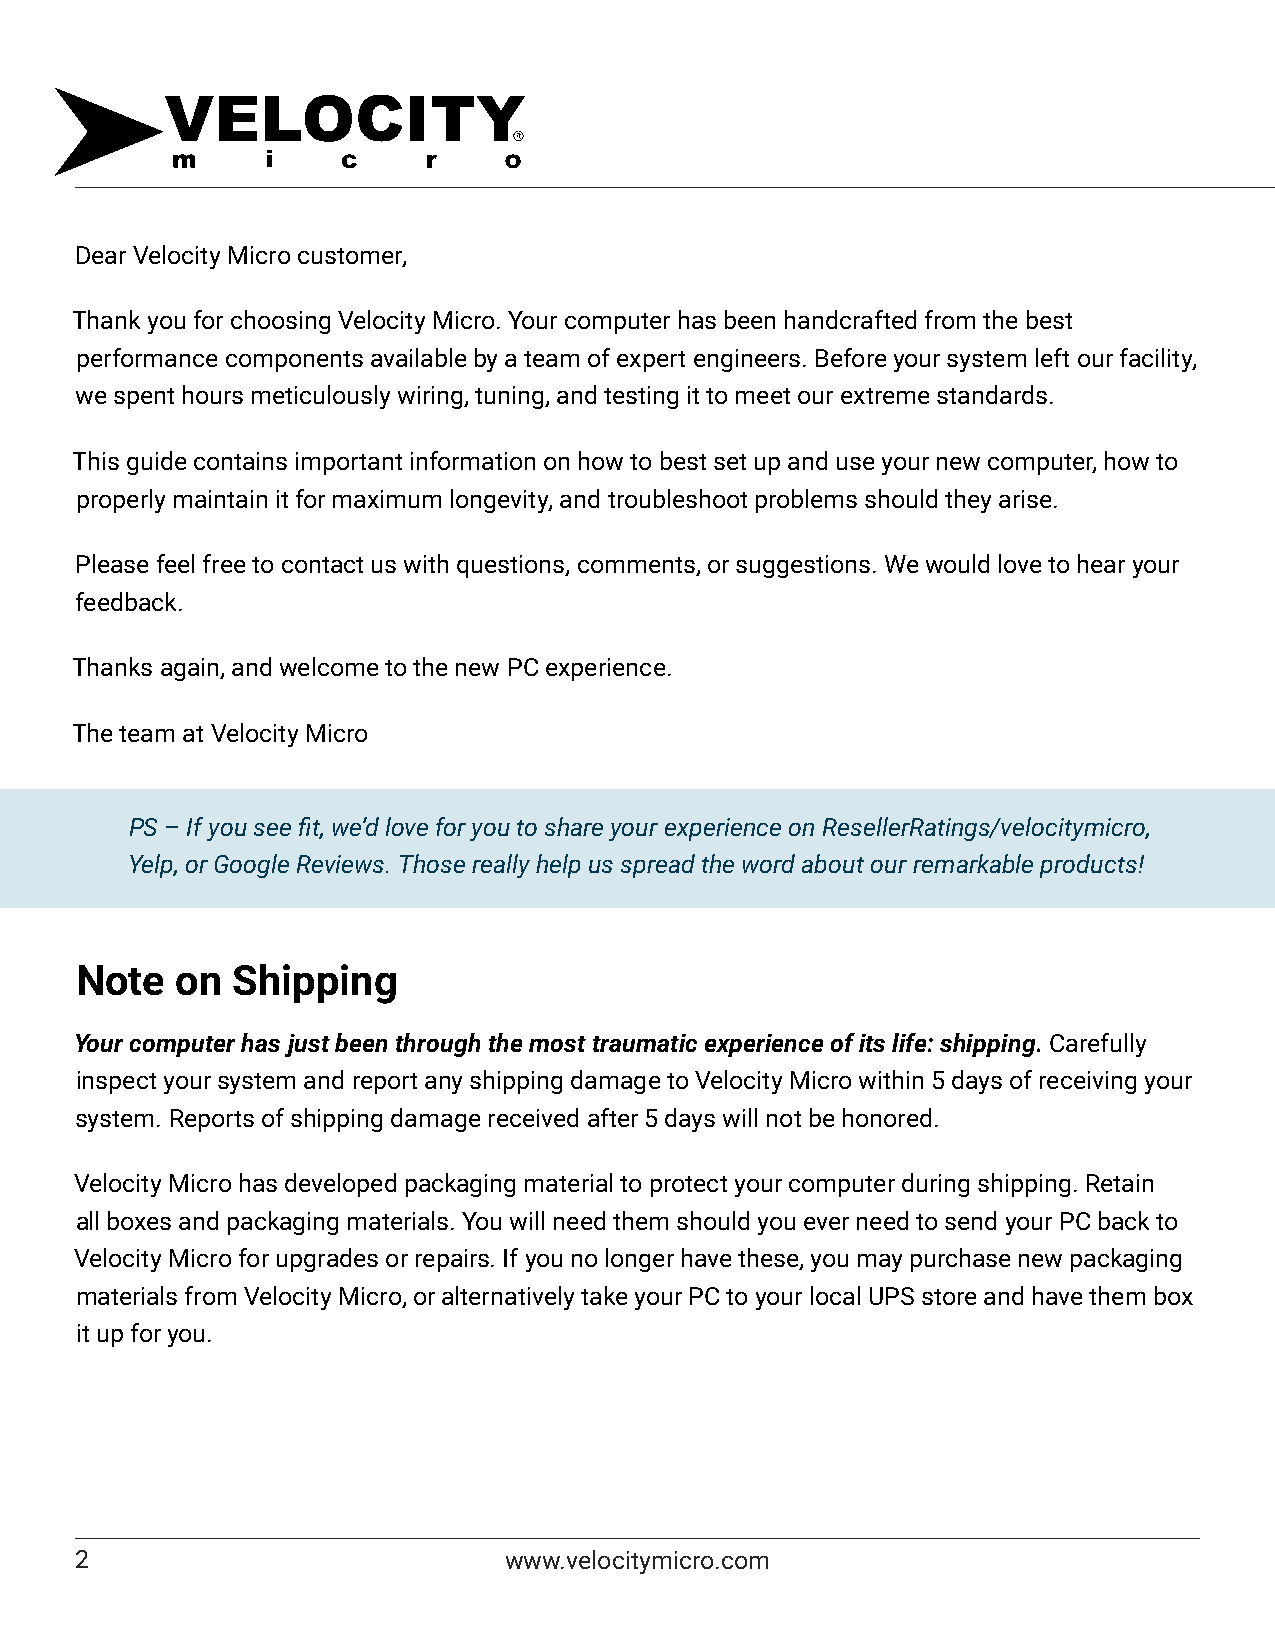
Dear Velocity Micro customer,
 Thank you for choosing Velocity Micro. Your computer has been handcrafted from the best
 performance components available by a team of expert engineers. Before your system left our facility,
 we spent hours meticulously wiring, tuning, and testing it to meet our extreme standards.
 This guide contains important information on how to best set up and use your new computer, how to
 properly maintain it for maximum longevity, and troubleshoot problems should they arise.
 Please feel free to contact us with questions, comments, or suggestions. We would love to hear your
 feedback.
 Thanks again, and welcome to the new PC experience.
 The team at Velocity Micro
 PS – If you see fit, we’d love for you to share your experience on ResellerRatings/velocitymicro,
 Yelp, or Google Reviews. Those really help us spread the word about our remarkable products!
 Note   on Shipping
 Your computer has just been through the most traumatic experience of its life: shipping. Carefully
 inspect your system and report any shipping damage to Velocity Micro within 5 days of receiving your
 system. Reports of shipping damage received after 5 days will not be honored.
 Velocity Micro has developed packaging material to protect your computer during shipping. Retain
 all boxes and packaging materials. You will need them should you ever need to send your PC back to
 Velocity Micro for upgrades or repairs. If you no longer have these, you may purchase new packaging
 materials from Velocity Micro, or alternatively take your PC to your local UPS store and have them box
 it up for you.
 2                           www.velocitymicro.com